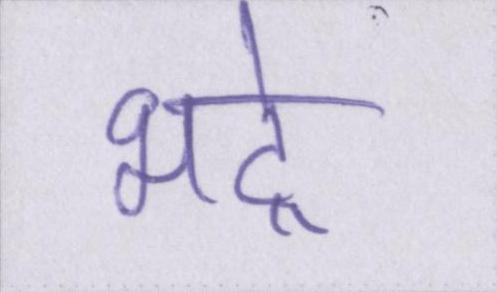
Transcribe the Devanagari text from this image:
भद्रे